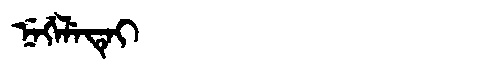
Manchu: ᠨᡝᡤᡝᠯᡝᡨᡝᡳ
Romanization: NEGELETEI